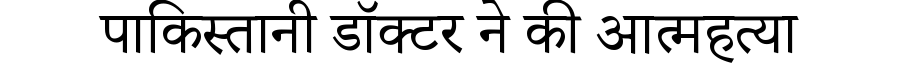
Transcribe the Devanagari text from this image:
पाकिस्तानी डॉक्टर ने की आत्महत्या